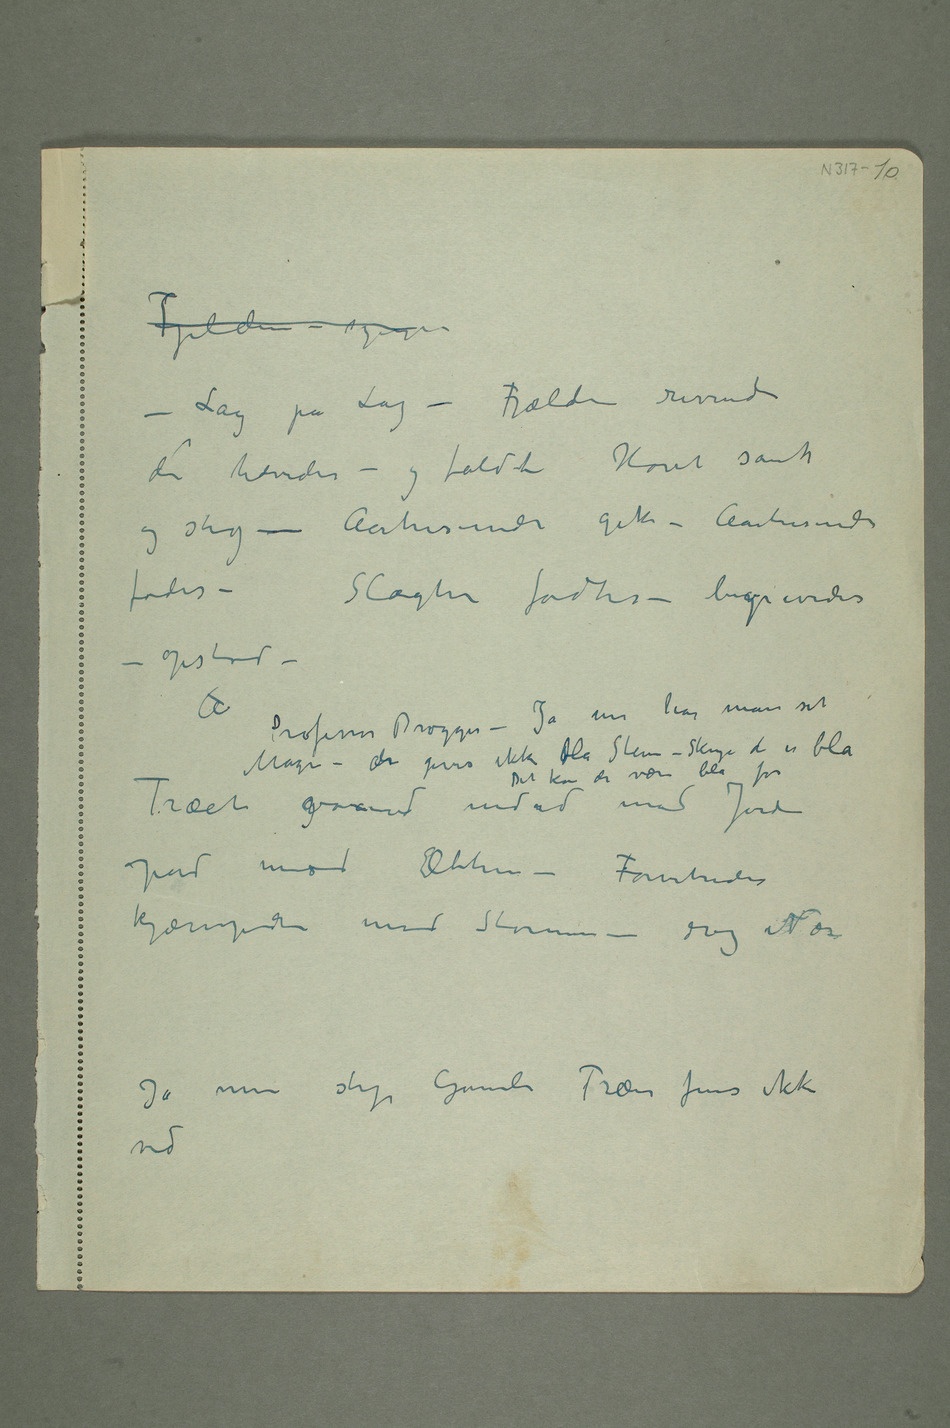
Fjeldene – synger
– Lag på Lag – Fjælde revnede
de hævedes – og faldt Havet sank
og steg – Aartusender gik – Aartusender
fødes – Slægten fødtes – begravedes –
opstod –
A Professor Brøgger – Ja nu har man set
Magen – der gives ikke blå Stene – Skye de er blå
Det kan De være blå for
Træet gvoxende indad mod Jorden
opad mod Ætheren – Forvitredes
kjæmpende mod Stormen – drog Nor
Ja men stop Gamle Trær fins ikke
ved